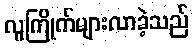
လူကြိုက်များလာခဲ့သည်